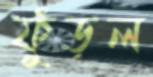
ফুঁড়ল